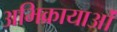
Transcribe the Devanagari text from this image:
अभिक्रायाओं